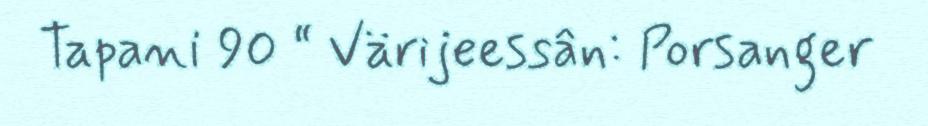
Tapani 90 “ Värijeessân: Porsanger